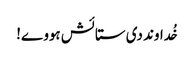
خُداوند دی ستائش ہووے!